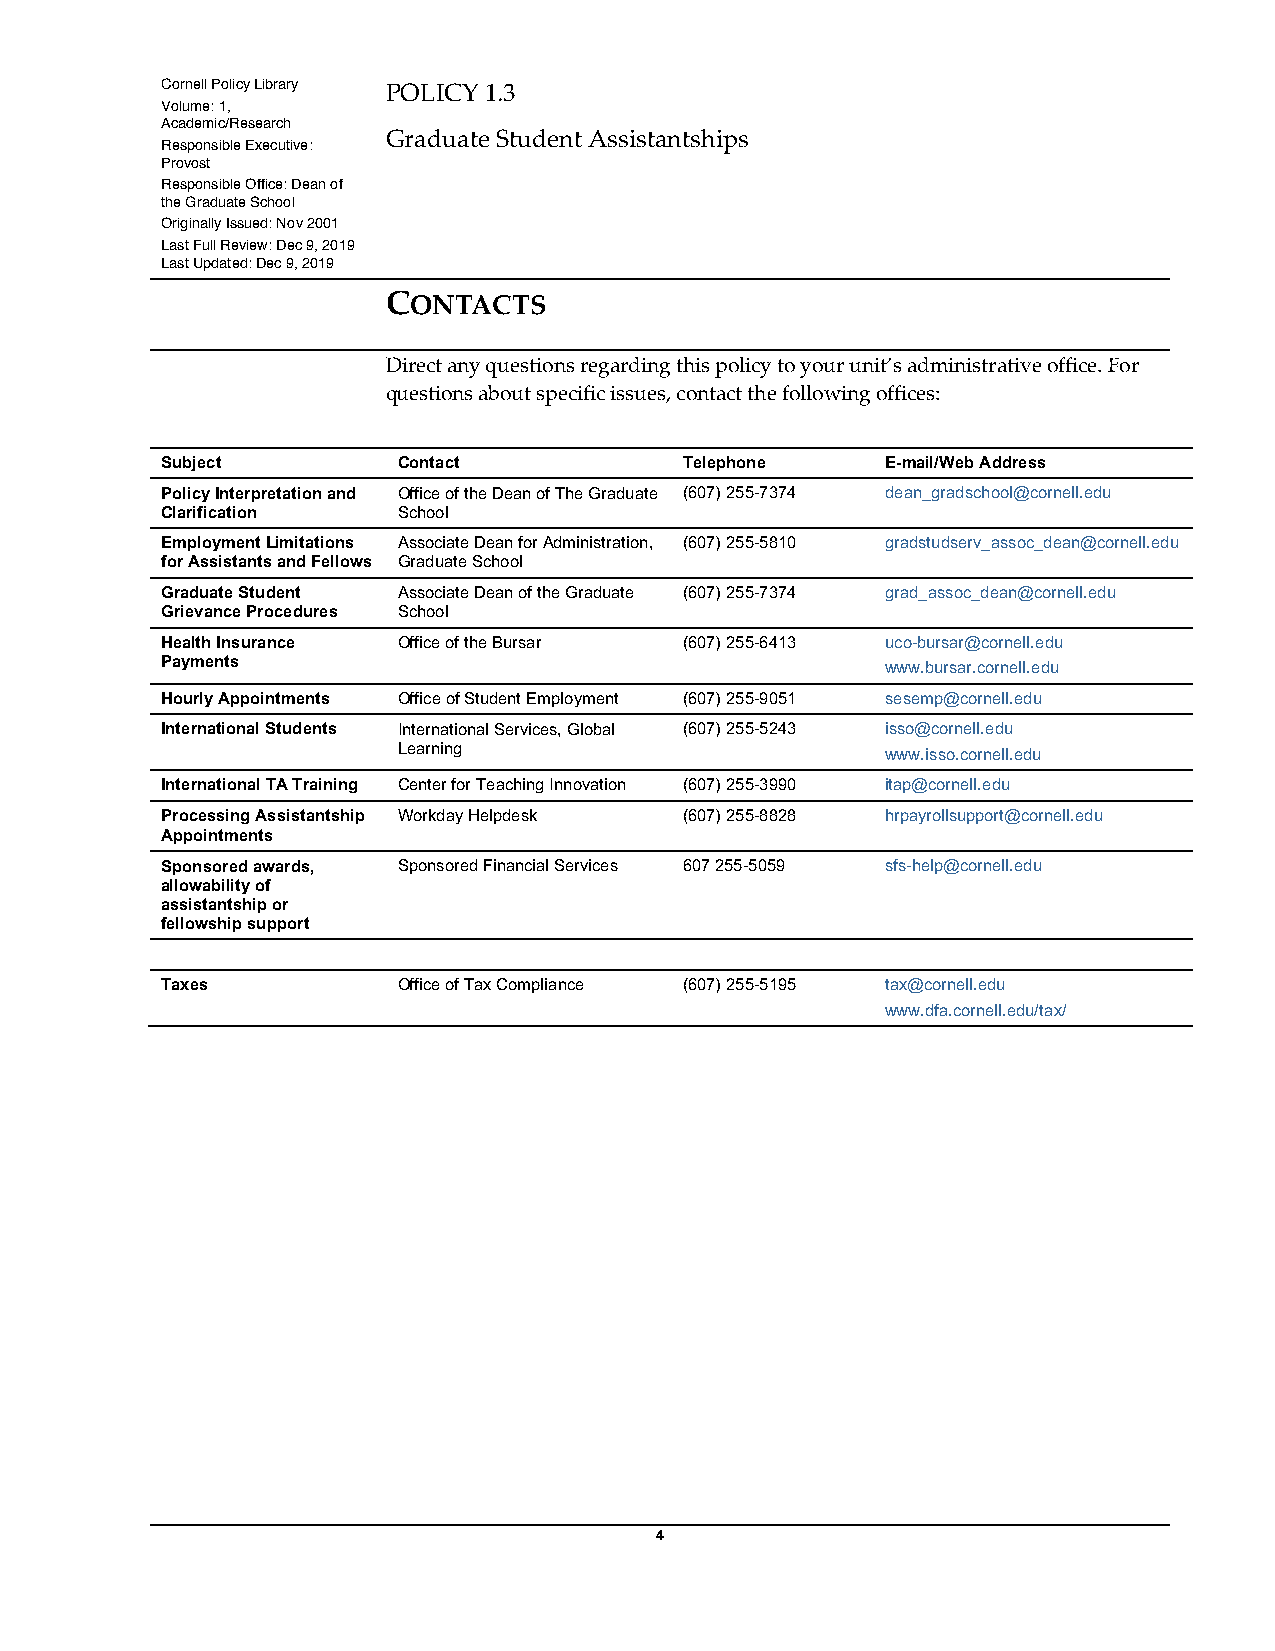
Cornell Policy Library POLICY 1.3
 Volume: 1,
 Academic/Research
 Graduate Student Assistantships
 Responsible Executive:
 Provost
 Responsible Office: Dean of
 the Graduate School
 Originally Issued: Nov 2001
 Last Full Review: Dec 9, 2019
 Last Updated: Dec 9, 2019
 CONTACTS
 Direct any questions regarding this policy to your unit’s administrative office. For
 questions about specific issues, contact the following offices:
 Subject        Contact            Telephone     E-mail/Web Address
 Policy Interpretation and Office of the Dean of The Graduate (607) 255-7374 dean_gradschool@cornell.edu
 Clarification  School
 Employment Limitations Associate Dean for Administration, (607) 255-5810 gradstudserv_assoc_dean@cornell.edu
 for Assistants and Fellows Graduate School
 Graduate Student Associate Dean of the Graduate (607) 255-7374 grad_assoc_dean@cornell.edu
 Grievance Procedures School
 Health Insurance Office of the Bursar (607) 255-6413 uco-bursar@cornell.edu
 Payments
 www.bursar.cornell.edu
 Hourly Appointments Office of Student Employment (607) 255-9051 sesemp@cornell.edu
 International Students International Services, Global (607) 255-5243 isso@cornell.edu
 Learning                         www.isso.cornell.edu
 International TA Training Center for Teaching Innovation (607) 255-3990 itap@cornell.edu
 Processing Assistantship Workday Helpdesk (607) 255-8828 hrpayrollsupport@cornell.edu
 Appointments
 Sponsored awards, Sponsored Financial Services 607 255-5059 sfs-help@cornell.edu
 allowability of
 assistantship or
 fellowship support
 Taxes          Office of Tax Compliance (607) 255-5195 tax@cornell.edu
 www.dfa.cornell.edu/tax/
 4